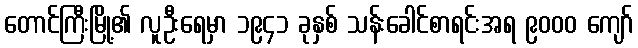
တောင်ကြီးမြို့၏ လူဦးရေမှာ ၁၉၄၁ ခုနှစ် သန်းခေါင်စာရင်းအရ ၉၀၀၀ ကျော်